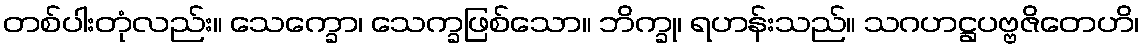
တစ်ပါးတုံလည်း။ သေက္ခော၊ သေက္ခဖြစ်သော။ ဘိက္ခု၊ ရဟန်းသည်။ သဂဟဋ္ဌပဗ္ဗဇိတေဟိ၊